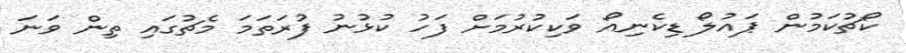
ކޯޗުކަމުން ޕައުލޯ ޑިކެނިއޯ ވަކިކުރުމަށް ފަހު ކުޅުނު ފުރަތަމަ މެޗުގައި ތިން ވަނަ